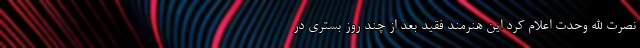
نصرت الله وحدت اعلام کرد این هنرمند فقید بعد از چند روز بستری در